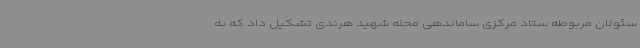
سئولان مربوطه ستاد مرکزی ساماندهی محله شهید هرندی تشکیل داد که به